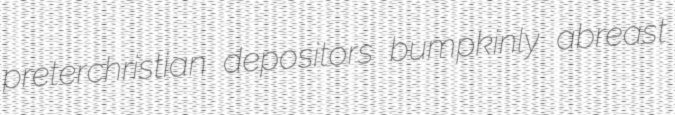
preterchristian depositors bumpkinly abreast